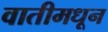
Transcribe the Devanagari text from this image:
वातीमधून